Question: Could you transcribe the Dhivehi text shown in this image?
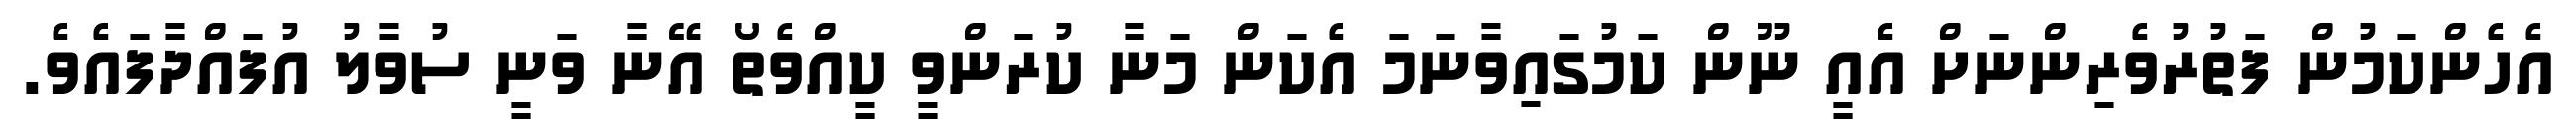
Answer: އެހެންކަމުން ފަތުރުވެރިންނަށް އެއީ ނޫން ކަމުގައިވާނަމަ އެކަން މަނާ ކުރަންވީ ކީއްވެތޯ އޭނާ ވަނީ ސުވާލު އުފައްދާފައެވެ.